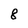
Character: 8